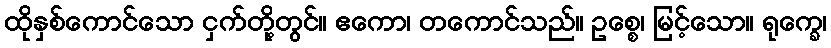
ထိုနှစ်ကောင်သော ငှက်တို့တွင်။ ဧကော၊ တကောင်သည်။ ဥစ္စေ၊ မြင့်သော။ ရုက္ခေ၊